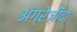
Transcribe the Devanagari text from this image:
अंग्रेज़ीदाँ